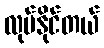
လုပ်နိုင်တယ်